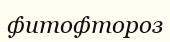
фитофтороз